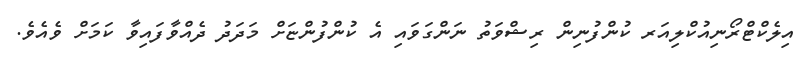
އިލެކްޓްރޯނިއުކްލިއަރ ކުންފުނިން ރިޝްވަތު ނަންގަވައި އެ ކުންފުންޏަށް މަދަދު ދެއްވާފައިވާ ކަމަށް ވެއެވެ.